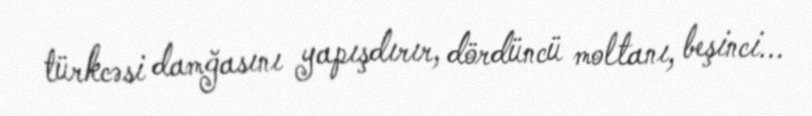
türkcəsi damğasını yapışdırır, dördüncü moltanı, beşinci...